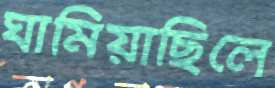
ঘামিয়াছিলে